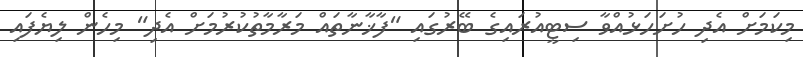
މިކަމަށް އެދި ހުށަހަޅުއްވާ ސިޓީއުރައިގެ ބޭރުގައި "ފާޚާނާތައް މަރާމާތުކުރުމަށް އެދި" މިހެން ލިޔެފައި